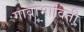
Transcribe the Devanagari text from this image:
गावाभाोवती